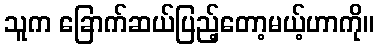
သူက ခြောက်ဆယ်ပြည့်တော့မယ့်ဟာကို။